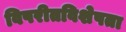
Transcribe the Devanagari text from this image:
विपरीतविशेषता